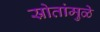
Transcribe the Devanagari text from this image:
स्रोतांमुळे